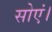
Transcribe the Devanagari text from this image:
सोएं।